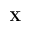
\mathbf { X }